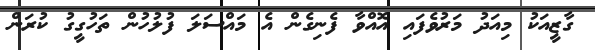
ގާޒީއަކު މިއަދު މަރުވެފައި އޮއްވާ ފެނިގެން އެ މައްސަލަ ފުލުހުން ތަހުގީގު ކުރަން